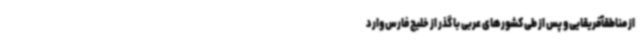
از مناطقآفریقایی و پس از طی کشورهای عربی با گذر از خلیج فارس وارد